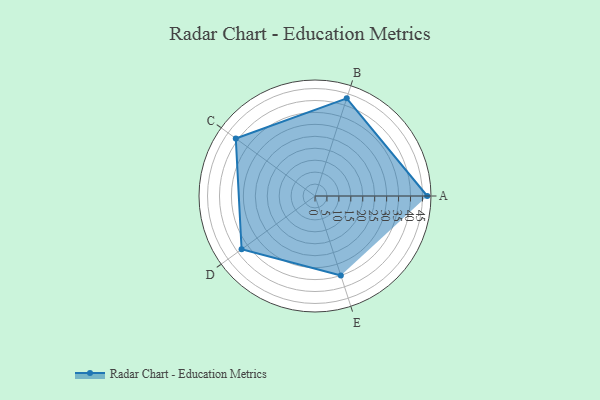
{"axis": {"x": "Skill", "y": "Score"}, "legend": ["Profile"], "data": [{"x": "A", "y": 47.0, "type": "Profile"}, {"x": "B", "y": 43.0, "type": "Profile"}, {"x": "C", "y": 41.0, "type": "Profile"}, {"x": "D", "y": 38.0, "type": "Profile"}, {"x": "E", "y": 35.0, "type": "Profile"}]}